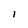
Character: I